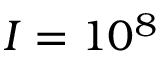
I = 1 0 ^ { 8 }